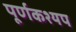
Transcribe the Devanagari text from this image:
पूर्णकश्यप